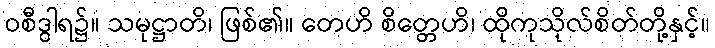
ဝစီဒွါရ၌။ သမုဋ္ဌာတိ၊ ဖြစ်၏။ တေဟိ စိတ္တေဟိ၊ ထိုကုသိုလ်စိတ်တို့နှင့်။